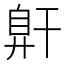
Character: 𰯶